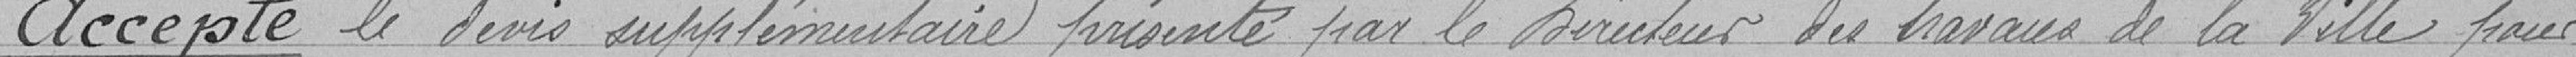
Accepte le devis supplémentaire présenté par le Directeur des travaux de la ville pour